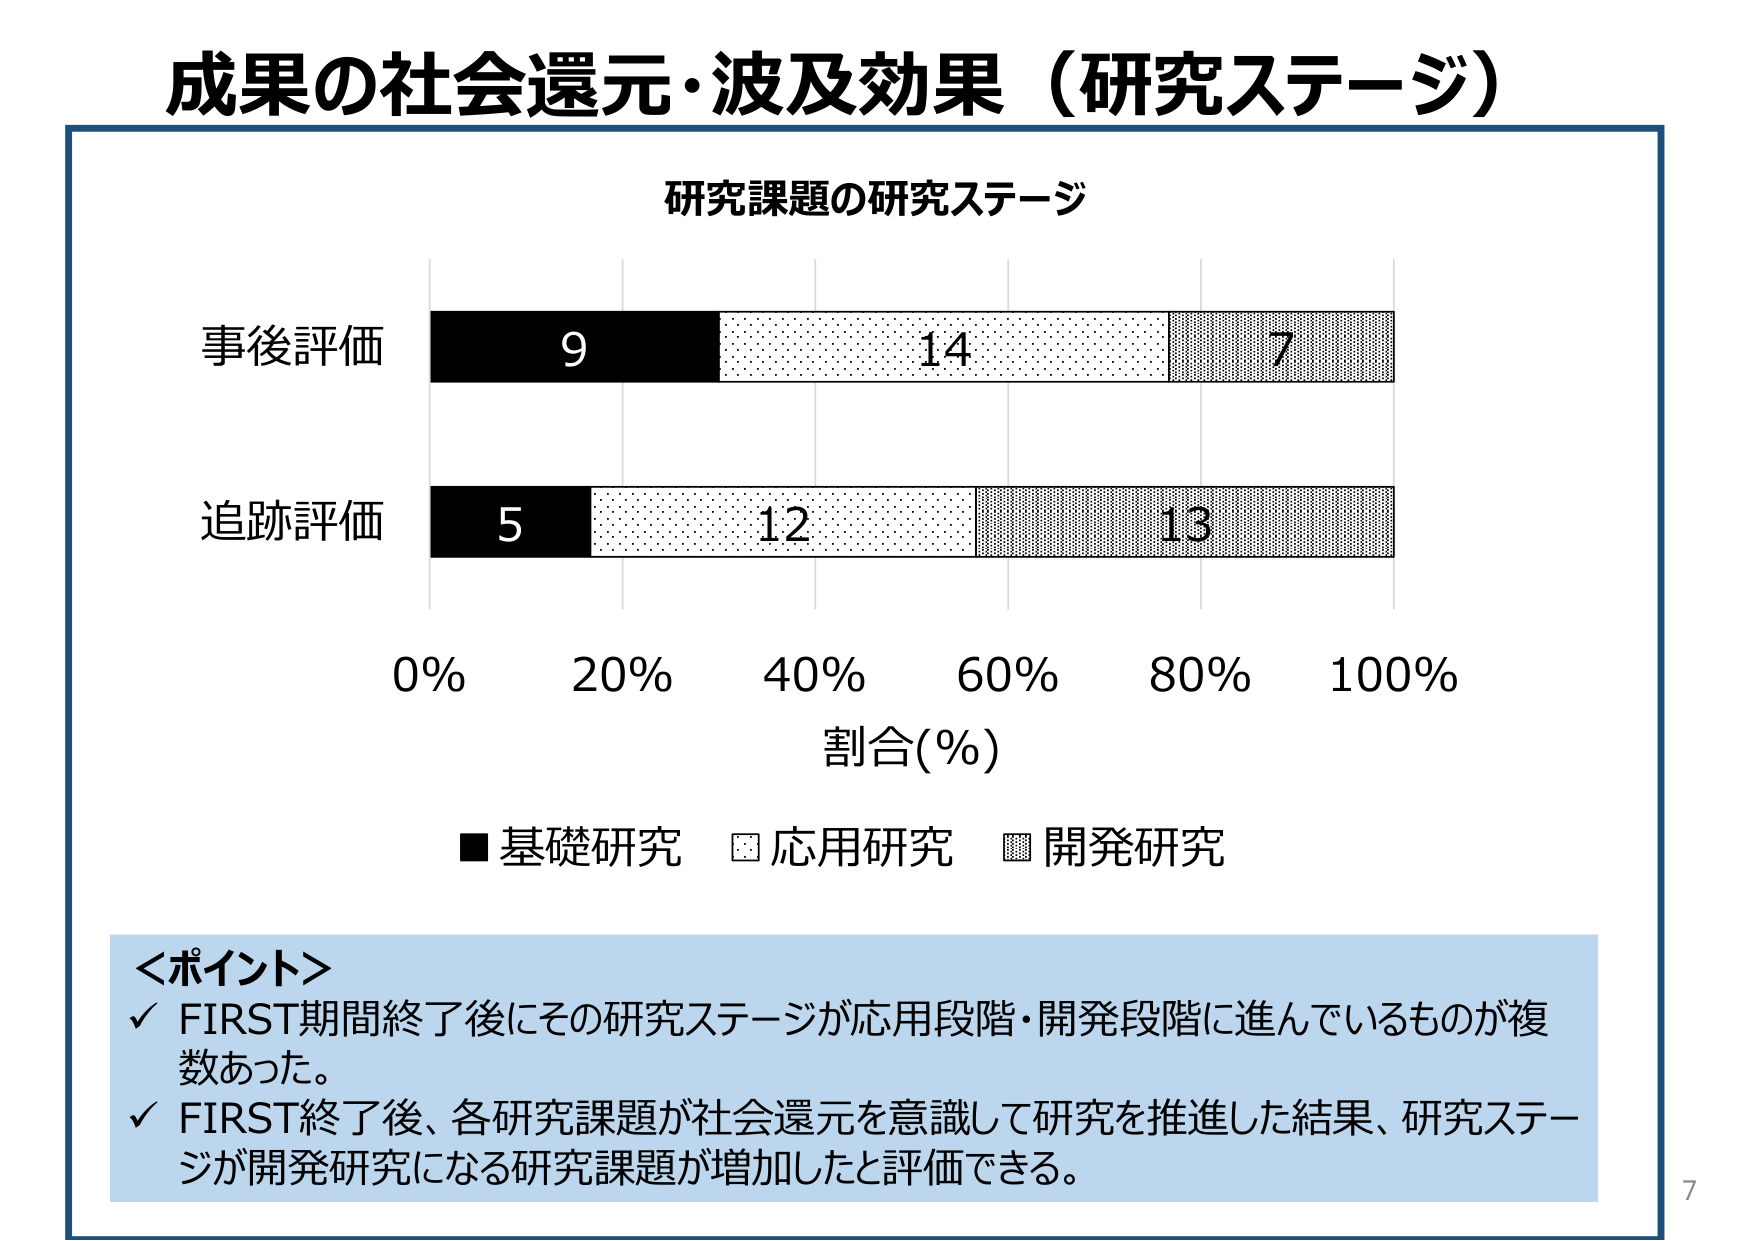
成果の社会還元・波及効果（研究ステージ）

研究課題の研究ステージ

事後評価
9 14 7

追跡評価
5 12 13

0% 20% 40% 60% 80% 100%
割合(%)

■ 基礎研究 □ 応用研究 □ 開発研究

＜ポイント＞
✓ FIRST期間終了後にその研究ステージが応用段階・開発段階に進んでいるものが複数あった。
✓ FIRST終了後、各研究課題が社会還元を意識して研究を推進した結果、研究ステージが開発研究になる研究課題が増加したと評価できる。

7